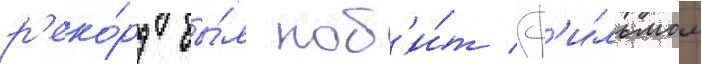
р'еко́рд бы́л поб'и́т ф'и́льмом